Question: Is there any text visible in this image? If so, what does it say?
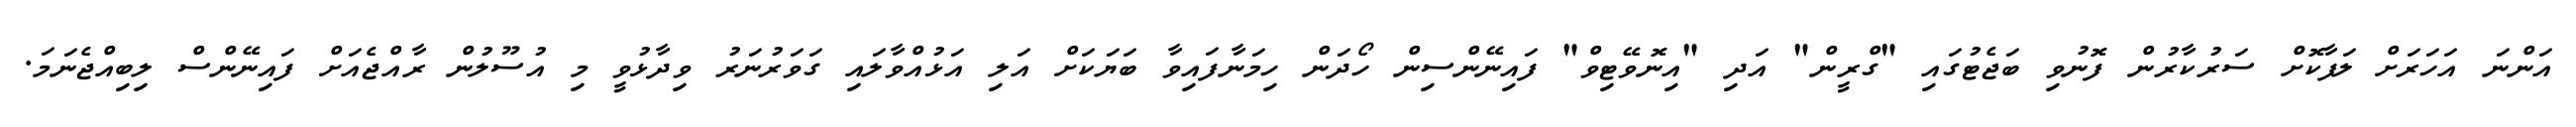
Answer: އަންނަ އަހަރަށް ލަފާކޮށް ސަރުކާރުން ފޮނުވި ބަޖެޓުގައި "ގްރީން" އަދި "އިނޮވޭޓިވް" ފައިނޭންސިން ހޯދަން ހިމަނާފައިވާ ބަޔަކަށް އަލި އަޅުއްވާލައި ގަވަރުނަރު ވިދާޅުވީ މި އުސޫލުން ރާއްޖެއަށް ފައިނޭންސް ލިބިއްޖެނަމަ.